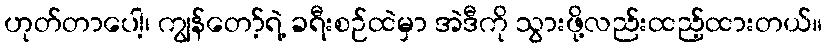
ဟုတ်တာပေါ့၊ ကျွန်တော့်ရဲ့ ခရီးစဉ်ထဲမှာ အဲဒီကို သွားဖို့လည်းထည့်ထားတယ်။